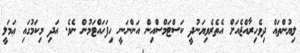
ލިޔުންތައް ދިވެހިރާއްޖެއަށް އެތެރެވިޔަނުދީ ކަސްޓަމްސްއިން އަންނަނީ ހިފަހައްޓަމުން ނެވެ. އަދި މިކަމުގައި ޢަމަލީ